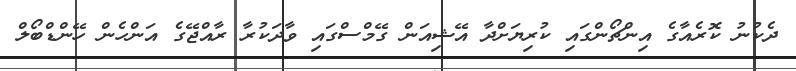
ދެކުނު ކޮރެއާގެ އިންޗޯންގައި ކުރިޔަށްދާ އޭޝިއަން ގޭމްސްގައި ވާދަކުރާ ރާއްޖޭގެ އަންހެން ހޭންޑްބޯލް